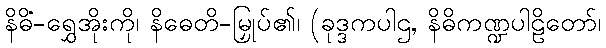
နိဓိံ-ရွှေအိုးကို၊ နိဓေတိ-မြှုပ်၏၊ (ခုဒ္ဒကပါဌ, နိဓိကဏ္ဍပါဠိတော်၊